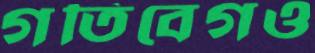
গতিবেগও